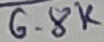
Text: 6.8K